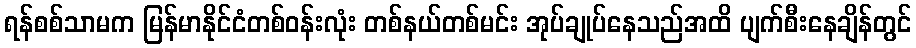
ရန်စစ်သာမက မြန်မာနိုင်ငံတစ်ဝန်းလုံး တစ်နယ်တစ်မင်း အုပ်ချုပ်နေသည်အထိ ပျက်စီးနေချိန်တွင်